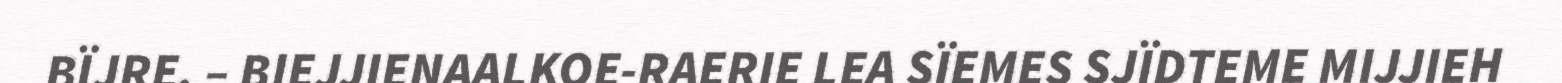
BÏJRE. – BIEJJIENAALKOE-RAERIE LEA SÏEMES SJÏDTEME MIJJIEH